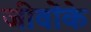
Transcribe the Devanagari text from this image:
जीवोंके